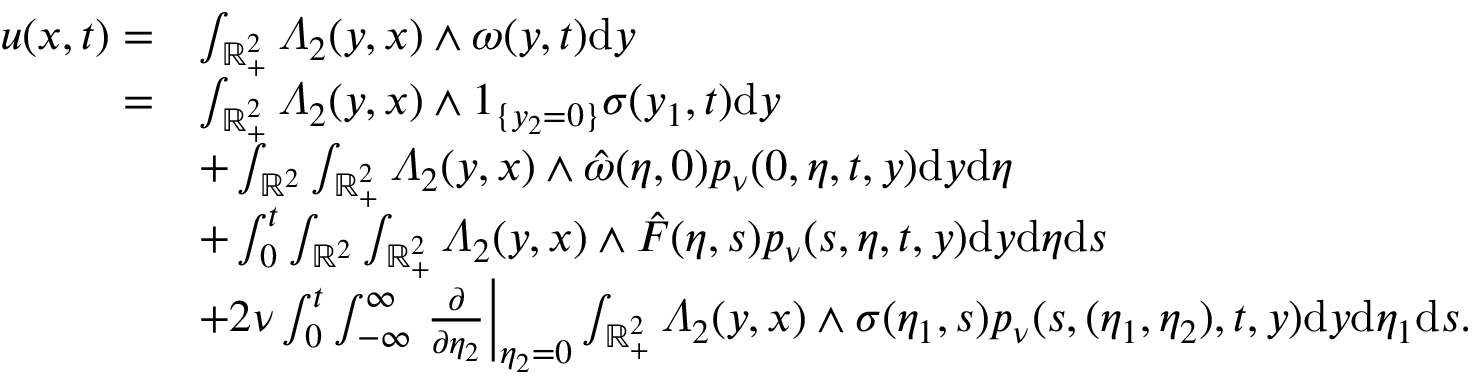
\begin{array} { r l } { u ( x , t ) = } & { \int _ { \mathbb { R } _ { + } ^ { 2 } } \varLambda _ { 2 } ( y , x ) \wedge \omega ( y , t ) \mathrm { d } y } \\ { = } & { \int _ { \mathbb { R } _ { + } ^ { 2 } } \varLambda _ { 2 } ( y , x ) \wedge 1 _ { \{ y _ { 2 } = 0 \} } \sigma ( y _ { 1 } , t ) \mathrm { d } y } \\ & { + \int _ { \mathbb { R } ^ { 2 } } \int _ { \mathbb { R } _ { + } ^ { 2 } } \varLambda _ { 2 } ( y , x ) \wedge \hat { \omega } ( \eta , 0 ) p _ { \nu } ( 0 , \eta , t , y ) \mathrm { d } y \mathrm { d } \eta } \\ & { + \int _ { 0 } ^ { t } \int _ { \mathbb { R } ^ { 2 } } \int _ { \mathbb { R } _ { + } ^ { 2 } } \varLambda _ { 2 } ( y , x ) \wedge \hat { F } ( \eta , s ) p _ { \nu } ( s , \eta , t , y ) \mathrm { d } y \mathrm { d } \eta \mathrm { d } s } \\ & { + 2 \nu \int _ { 0 } ^ { t } \int _ { - \infty } ^ { \infty } \left. \frac { \partial } { \partial \eta _ { 2 } } \right| _ { \eta _ { 2 } = 0 } \int _ { \mathbb { R } _ { + } ^ { 2 } } \varLambda _ { 2 } ( y , x ) \wedge \sigma ( \eta _ { 1 } , s ) p _ { \nu } ( s , ( \eta _ { 1 } , \eta _ { 2 } ) , t , y ) \mathrm { d } y \mathrm { d } \eta _ { 1 } \mathrm { d } s . } \end{array}